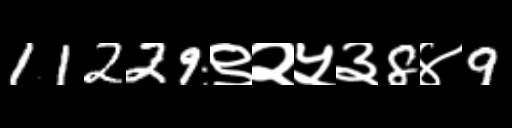
Text: 11229९२५३8४9